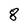
Character: 8